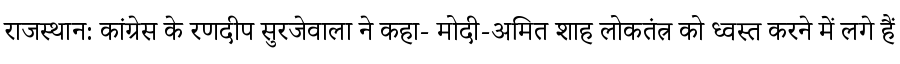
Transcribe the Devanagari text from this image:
राजस्थान: कांग्रेस के रणदीप सुरजेवाला ने कहा- मोदी-अमित शाह लोकतंत्र को ध्वस्त करने में लगे हैं